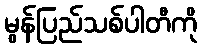
မွန်ပြည်သစ်ပါတီကို